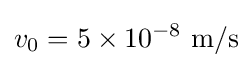
v_{0}=5\times 10^{-8}~\mathrm {m/s}